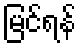
မြင်ရန်